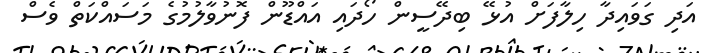
އަދި ގަވައިދާ ހިލާފަށް އުޅޭ ބިދޭސީން ހޯދައި އައްޑޫން ފޮނުވާލުމުގެ މަސައްކަތް ވެސް